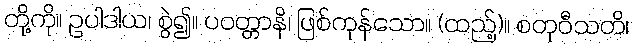
တို့ကို။ ဥပါဒါယ၊ စွဲ၍။ ပဝတ္တာနိ၊ ဖြစ်ကုန်သော။ (ထည့်)။ စတုဝီသတိ၊